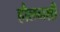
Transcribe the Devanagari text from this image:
हौलनशी